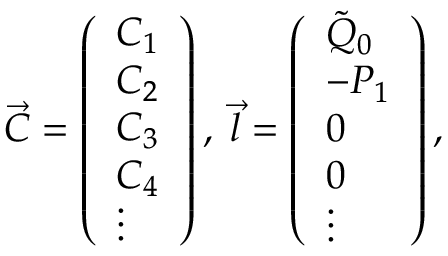
\begin{array} { r } { \vec { C } = \left( \begin{array} { l } { C _ { 1 } } \\ { C _ { 2 } } \\ { C _ { 3 } } \\ { C _ { 4 } } \\ { \vdots } \end{array} \right) , \; \vec { l } = \left( \begin{array} { l } { \tilde { Q } _ { 0 } } \\ { - P _ { 1 } } \\ { 0 } \\ { 0 } \\ { \vdots } \end{array} \right) , } \end{array}